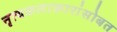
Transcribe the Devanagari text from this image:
नृत्यकलाकारांसोबत